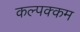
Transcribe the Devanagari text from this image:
कल्पक्कम